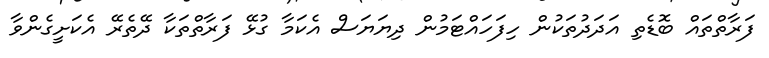
ފަރާތްތައް ބޮޑެތި އަދަދުތަކުން ހިފަހައްޓަމުން ދިޔަޔަސް އެކަމާ ގުޅޭ ފަރާތްތަކާ ދޭތެރޭ އެކަށީގެންވާ